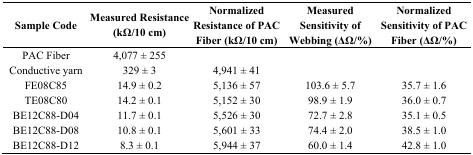
<table><thead><tr><td><b>Sample Code</b></td><td><b>Measured Resistance (kΩ/10 cm)</b></td><td><b>Normalized Resistance of PAC Fiber (kΩ/10 cm)</b></td><td><b>Measured Sensitivity of Webbing (ΔΩ/%)</b></td><td><b>Normalized Sensitivity of PAC Fiber (ΔΩ/%)</b></td></tr></thead><tbody><tr><td>PAC Fiber</td><td>4,077 ± 255</td><td></td><td></td><td></td></tr><tr><td>Conductive yarn</td><td>329 ± 3</td><td>4,941 ± 41</td><td></td><td></td></tr><tr><td>FE08C85</td><td>14.9 ± 0.2</td><td>5,136 ± 57</td><td>103.6 ± 5.7</td><td>35.7 ± 1.6</td></tr><tr><td>TE08C80</td><td>14.2 ± 0.1</td><td>5,152 ± 30</td><td>98.9 ± 1.9</td><td>36.0 ± 0.7</td></tr><tr><td>BE12C88-D04</td><td>11.7 ± 0.1</td><td>5,526 ± 30</td><td>72.7 ± 2.8</td><td>35.1 ± 0.5</td></tr><tr><td>BE12C88-D08</td><td>10.8 ± 0.1</td><td>5,601 ± 33</td><td>74.4 ± 2.0</td><td>38.5 ± 1.0</td></tr><tr><td>BE12C88-D12</td><td>8.3 ± 0.1</td><td>5,944 ± 37</td><td>60.0 ± 1.4</td><td>42.8 ± 1.0</td></tr></tbody></table>